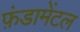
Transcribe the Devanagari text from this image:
फ़ंडामेंटल